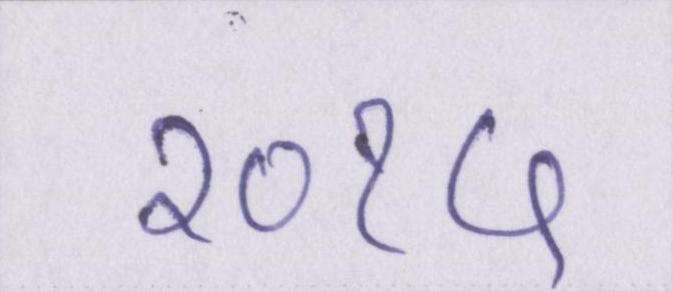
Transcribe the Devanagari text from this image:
२०१५